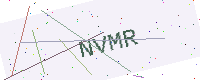
Text: NVMR